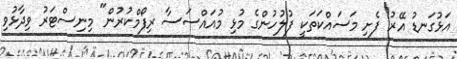
އަޅުގަނޑު އޭރު ފެށި މަސައްކަތަކީ ފުލުހުންގެ މުޅި މުއައްސަސާ ރިފޯމްކުރުން" މިނިސްޓަރު ވިދާޅުވި